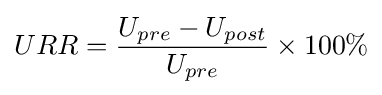
URR={\frac {U_{pre}-U_{post}}{U_{pre}}}\times 100\%